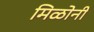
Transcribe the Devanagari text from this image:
मिळोनी